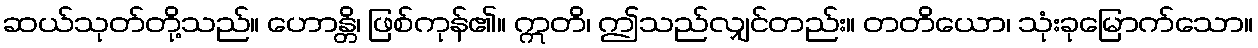
ဆယ်သုတ်တို့သည်။ ဟောန္တိ၊ ဖြစ်ကုန်၏။ ဣတိ၊ ဤသည်လျှင်တည်း။ တတိယော၊ သုံးခုမြောက်သော။